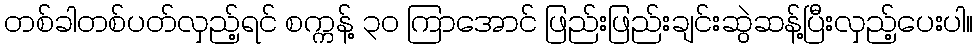
တစ်ခါတစ်ပတ်လှည့်ရင် စက္ကန့် ၃၀ ကြာအောင် ဖြည်းဖြည်းချင်းဆွဲဆန့်ပြီးလှည့်ပေးပါ။